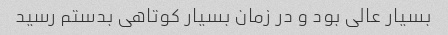
بسیار عالی بود و در زمان بسیار کوتاهی بدستم رسید